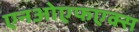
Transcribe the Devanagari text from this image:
एनओएफएक्स